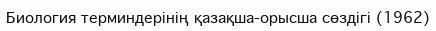
Биология терминдерінің қазақша-орысша сөздігі (1962)